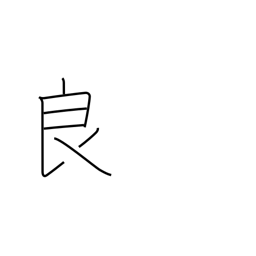
Meaning: skilled